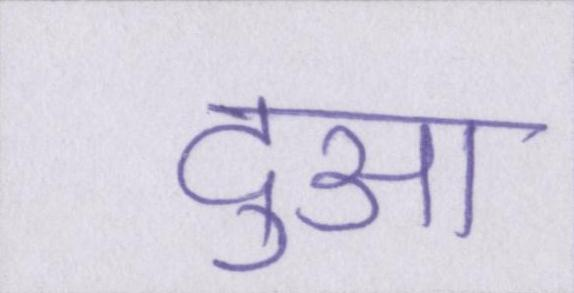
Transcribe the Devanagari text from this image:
दुआ